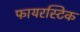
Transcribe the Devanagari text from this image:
फायरस्टिक